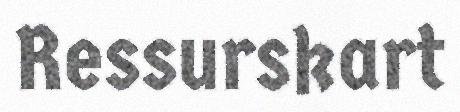
Ressurskart